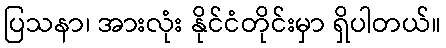
ပြသနာ၊ အားလုံး နိုင်ငံတိုင်းမှာ ရှိပါတယ်။